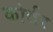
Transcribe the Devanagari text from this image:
कोर्वर